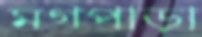
মগপাড়া